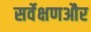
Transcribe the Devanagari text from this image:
सर्वेक्षणऔर